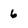
Character: 6